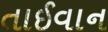
તાઈવાન